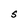
Character: S